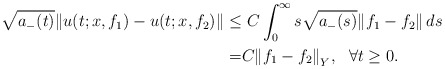
\begin{align*}\sqrt{a_-(t)}\Vert u(t;x,f_1) - u(t; x,f_2)\Vert \le & \ C\int_0^{\infty }s\sqrt{a_-(s)}\Vert f_1-f_2\Vert \, ds \\= & C{\Vert f_1 - f_2 \Vert}_Y, \ \ \forall t\ge 0.\end{align*}